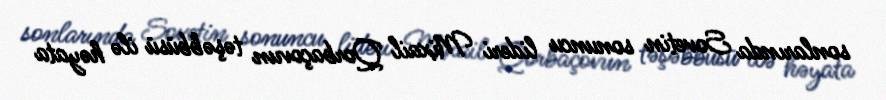
sonlarında Sovetin sonuncu lideri Mixail Qorbaçovun təşəbbüsü ilə həyata